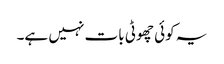
یہ کوئی چھوٹی بات نہیں ہے۔